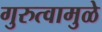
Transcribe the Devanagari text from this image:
गुरुत्वामुळे